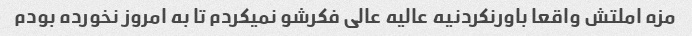
مزه املتش واقعا باورنکردنیه عالیه عالی فکرشو نمیکردم تا به امروز نخورده بودم